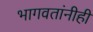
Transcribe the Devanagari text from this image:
भागवतांनीही